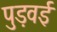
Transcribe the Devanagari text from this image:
पुड़वई